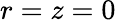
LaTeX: r=z=0